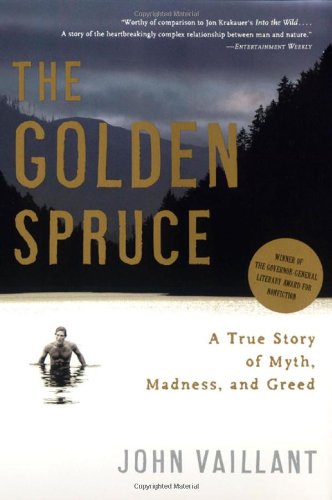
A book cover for The Golden Spruce: A True Story of Myth, Madness, and Greed; John Vaillant; Science & Math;